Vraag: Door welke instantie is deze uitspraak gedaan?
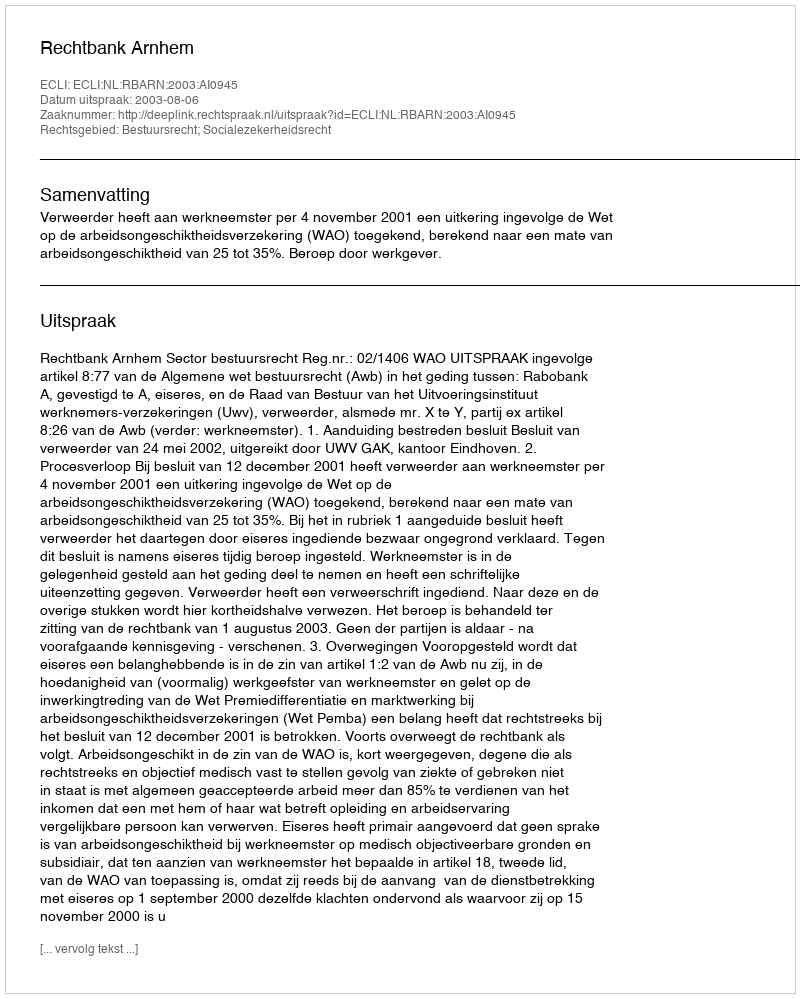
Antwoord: Rechtbank Arnhem